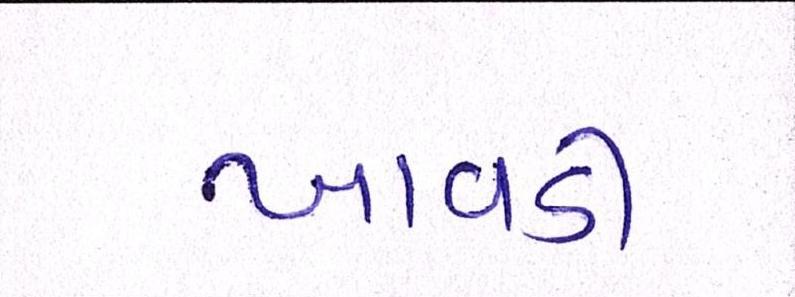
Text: ખાવડી